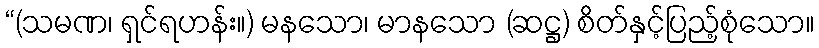
“(သမဏ၊ ရှင်ရဟန်း။) မနသော၊ မာနသော (ဆဋ္ဌ) စိတ်နှင့်ပြည့်စုံသော။